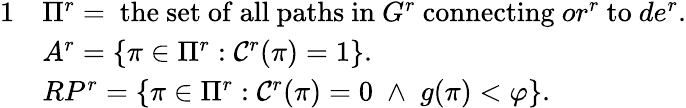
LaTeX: \begin{array}{rl}{{1}}&{\Pi^{r}=\mathrm{~the~set~of~all~paths~in~}G^{r}\mathrm{~connecting~}or^{r}\mathrm{~to~}de^{r}.}\\ &{A^{r}=\{ \pi\in\Pi^{r}:{\cal C}^{r}(\pi)=1\} .}\\ &{RP^{r}=\{ \pi\in\Pi^{r}:{\cal C}^{r}(\pi)=0\; \land\; g(\pi)<\varphi\} .}\end{array}